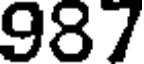
987